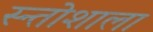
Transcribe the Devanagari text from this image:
स्न्तोशाला